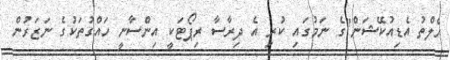
ހެލްތު އެޑިއުކޭޝަން"ގެ ނަމުގައި ކުރި އެ ދިރާސާ ރިޕޯޓަކީ އިންސާނީ ހައްގުތަކުގެ ނަޒަރުން